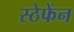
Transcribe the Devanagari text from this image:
स्ठेफेंन